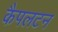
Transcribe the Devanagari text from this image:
कैपलटन